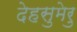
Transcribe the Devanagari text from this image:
देहसुमेरु